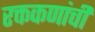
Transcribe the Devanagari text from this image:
रक्तकणांची